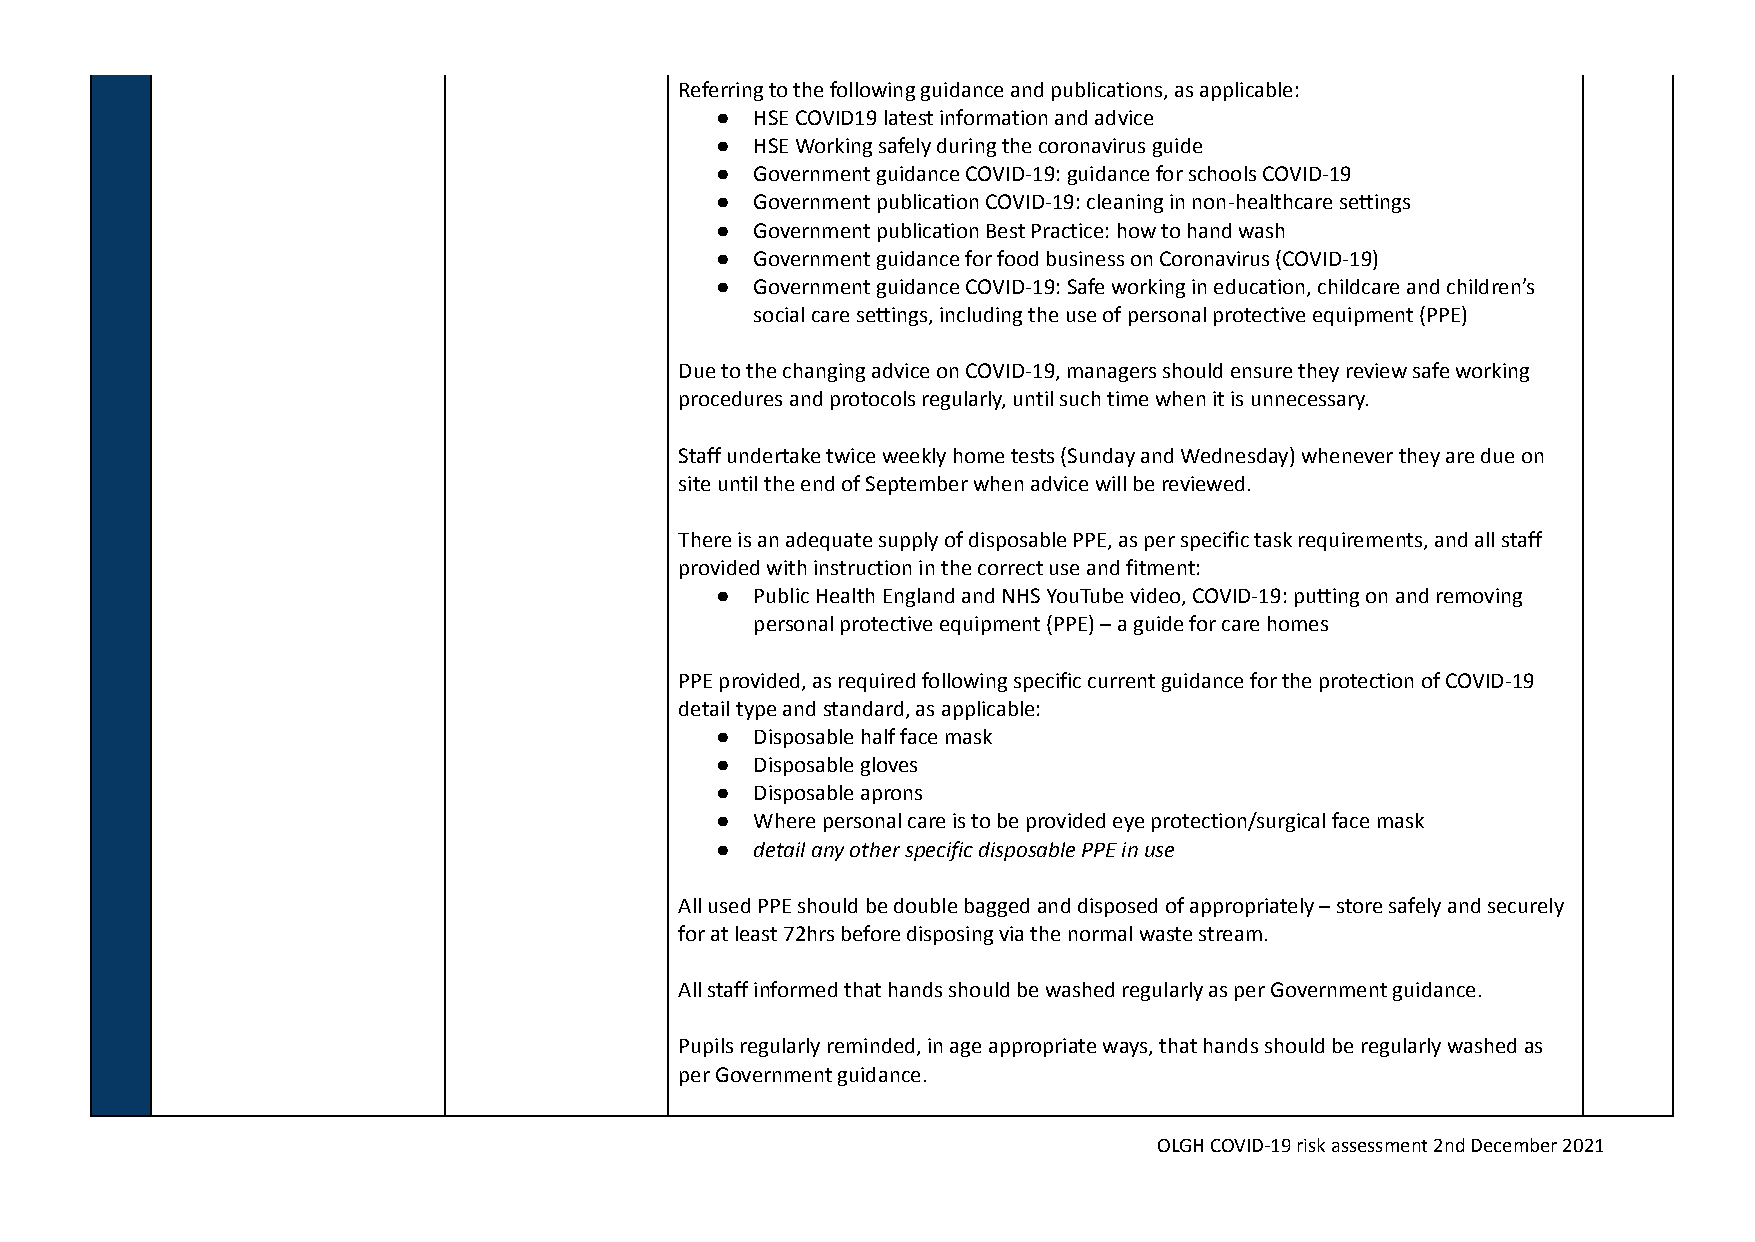
Referring to the following guidance and publications, as applicable:
 ●  HSE COVID19 latest information and advice
 ●  HSE Working safely during the coronavirus guide
 ●  Government guidance COVID-19: guidance for schools COVID-19
 ●  Government publication COVID-19: cleaning in non-healthcare settings
 ●  Government publication Best Practice: how to hand wash
 ●  Government guidance for food business on Coronavirus (COVID-19)
 ●  Government guidance COVID-19: Safe working in education, childcare and children’s
 social care settings, including the use of personal protective equipment (PPE)
 Due to the changing advice on COVID-19, managers should ensure they review safe working
 procedures and protocols regularly, until such time when it is unnecessary.
 Staff undertake twice weekly home tests (Sunday and Wednesday) whenever they are due on
 site until the end of September when advice will be reviewed.
 There is an adequate supply of disposable PPE, as per specific task requirements, and all staff
 provided with instruction in the correct use and fitment:
 ●  Public Health England and NHS YouTube video, COVID-19: putting on and removing
 personal protective equipment (PPE) – a guide for care homes
 PPE provided, as required following specific current guidance for the protection of COVID-19
 detail type and standard, as applicable:
 ●  Disposable half face mask
 ●  Disposable gloves
 ●  Disposable aprons
 ●  Where personal care is to be provided eye protection/surgical face mask
 ●  detail any other specific disposable PPE in use
 All used PPE should be double bagged and disposed of appropriately – store safely and securely
 for at least 72hrs before disposing via the normal waste stream.
 All staff informed that hands should be washed regularly as per Government guidance.
 Pupils regularly reminded, in age appropriate ways, that hands should be regularly washed as
 per Government guidance.
 OLGH COVID-19 risk assessment 2nd December 2021